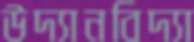
উদ্যানবিদ্যা